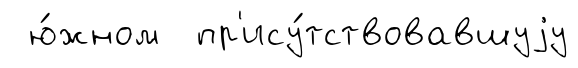
ю́жном пр'ису́тствовавшуjу